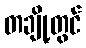
တချို့တွင်